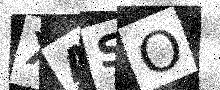
Text: XASO